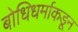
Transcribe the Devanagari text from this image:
बोधिधर्माकडून